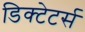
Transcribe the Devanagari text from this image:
डिक्टेटर्स